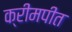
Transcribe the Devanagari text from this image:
क्रीमपीत